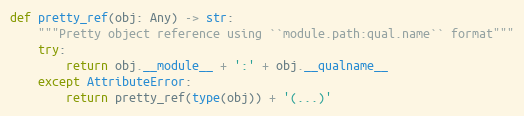
Language: Python
def pretty_ref(obj: Any) -> str:
    """Pretty object reference using ``module.path:qual.name`` format"""
    try:
        return obj.__module__ + ':' + obj.__qualname__
    except AttributeError:
        return pretty_ref(type(obj)) + '(...)'